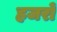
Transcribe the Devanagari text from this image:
हजरों